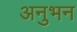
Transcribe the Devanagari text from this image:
अनुभन